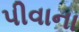
પીવાના